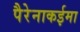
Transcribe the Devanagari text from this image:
पैरेनाकईमा